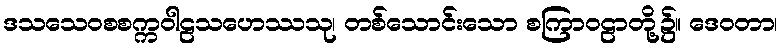
ဒသသေဝစစက္ကဝါဠသဟေဿသု၊ တစ်သောင်းသော စကြာဝဠာတို့၌။ ဒေဝတာ၊